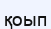
қоып